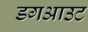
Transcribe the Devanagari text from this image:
डगआउट